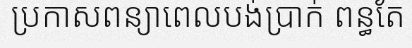
ប្រកាសពន្យាពេលបង់ប្រាក់ ពន្ធតែ